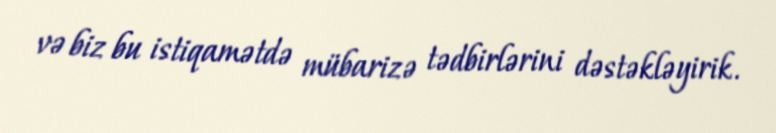
və biz bu istiqamətdə mübarizə tədbirlərini dəstəkləyirik.